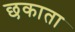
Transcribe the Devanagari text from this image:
छकाता